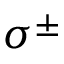
\sigma ^ { \pm }